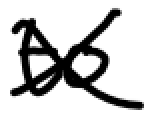
Text: to
Cross-out: cross
Writing tool: digital_black